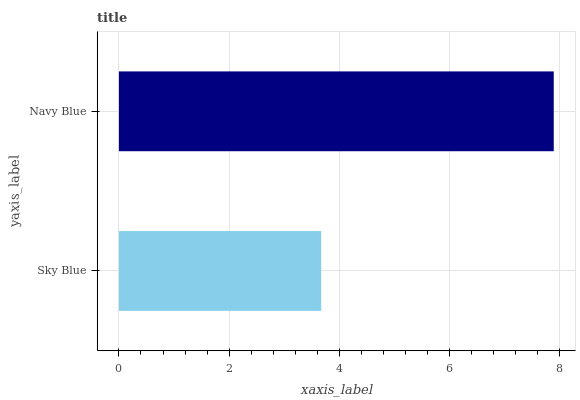
| yaxis_label | bars |
 | --- | --- |
 | Sky Blue | 3.67 |
 | Navy Blue | 7.89 |